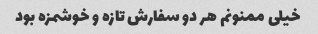
خیلی ممنونم هر دو سفارش تازه و خوشمزه بود